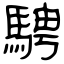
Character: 騁